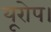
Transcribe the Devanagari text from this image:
यूरोप।